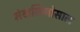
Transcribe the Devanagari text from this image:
मंखलिगोसाल